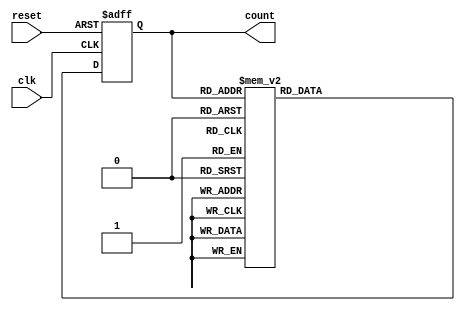
module gray_code_ring_counter(
    input clk,
    input reset,
    output reg [3:0] count
);

reg [3:0] next_count;

always @(posedge clk or posedge reset) begin
    if (reset) begin
        count <= 4'b0000;
    end else begin
        count <= next_count;
    end
end

always @(*) begin
    case(count)
        4'b0000: next_count = 4'b0001;
        4'b0001: next_count = 4'b0011;
        4'b0011: next_count = 4'b0010;
        4'b0010: next_count = 4'b0110;
        4'b0110: next_count = 4'b0111;
        4'b0111: next_count = 4'b0101;
        4'b0101: next_count = 4'b0100;
        4'b0100: next_count = 4'b1100;
        4'b1100: next_count = 4'b1101;
        4'b1101: next_count = 4'b1111;
        4'b1111: next_count = 4'b1110;
        4'b1110: next_count = 4'b1010;
        4'b1010: next_count = 4'b1011;
        4'b1011: next_count = 4'b1001;
        4'b1001: next_count = 4'b1000;
        4'b1000: next_count = 4'b0000;
        default: next_count = 4'b0000;
    endcase
end

endmodule